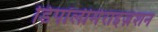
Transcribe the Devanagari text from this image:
डिपॉलीमेराइज़ेशन